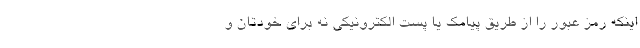
اینکه رمز عبور را از طریق پیامک یا پست الکترونیکی نه برای خودتان و